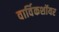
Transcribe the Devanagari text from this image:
वार्विकशॉयर